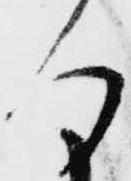
る